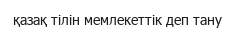
қазақ тілін мемлекеттік деп тану